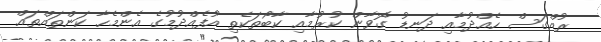
ރުއްގަސް ހެއްދުމާއި ދަނޑު ގޮވާން ކުރުމާއި ކާބޯތަކެތި އުފެއްދުމުގެ އެންމެހާ ކަންތައްތައް